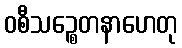
ဝစီသဉ္စေတနာဟေတု